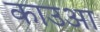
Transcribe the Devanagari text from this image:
काउआ